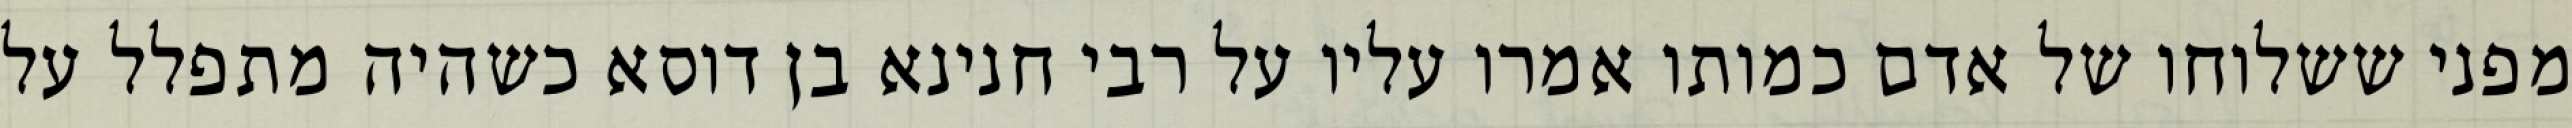
מפני ששלוחו של אדם כמותו אמרו עליו על רבי חנינא בן דוסא כשהיה מתפלל על